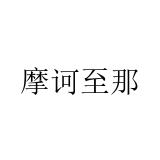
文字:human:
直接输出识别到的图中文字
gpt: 摩诃至那